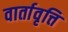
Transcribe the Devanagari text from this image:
वार्तावृत्ति